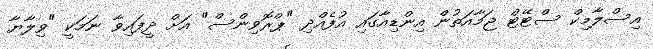
އިސްލާމިކް ސްޓޭޓް ޖަމާއަތުން އިންޑިއާގައި އުފެއްދި "ޕްރޮވިންސް" އަށް ދީފައިވާ ނަމަކީ "ވިލާޔާ